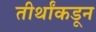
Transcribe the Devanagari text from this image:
तीर्थांकडून